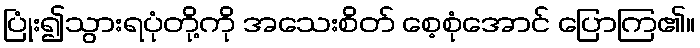
ပြုံး၍သွားရပုံတို့ကို အသေးစိတ် စေ့စုံအောင် ပြောကြ၏။